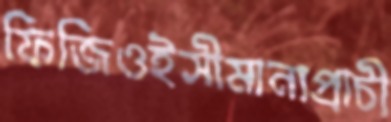
ফিজিওইসীমানাপ্রাচী